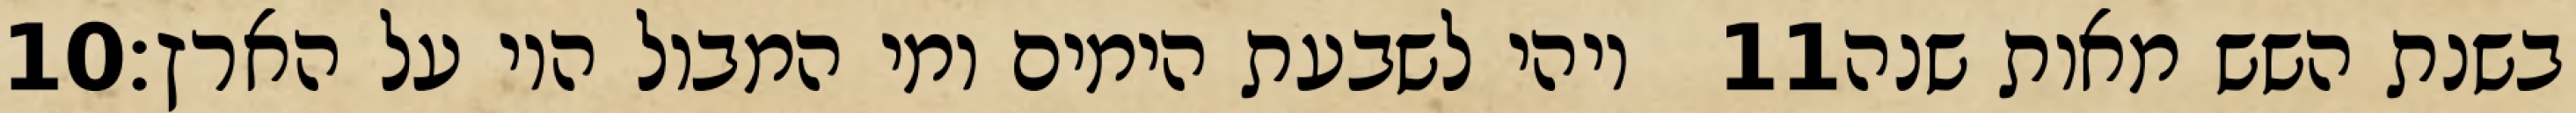
‎10‏ ויהי לשבעת הימים ומי המבול היו על הארץ׃ ‎11‏ בשנת השש מאות שנה